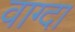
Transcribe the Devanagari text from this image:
वाग्दा